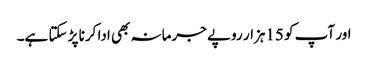
اور آپ کو 15ہزار روپے جرمانہ بھی ادا کرنا پڑ سکتا ہے۔